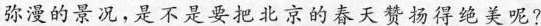
弥漫的景况，是不是要把北京的春天赞扬得绝美呢？